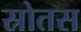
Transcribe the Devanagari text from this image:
स्रोतस